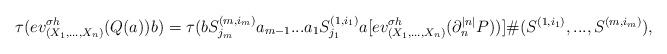
LaTeX: \begin{align*}\tau(ev_{(X_1,...,X_n)}^{\sigma h}(Q(a))b)=\tau(bS^{(m,i_m)}_{j_m}a_{m-1}...a_1S^{(1,i_1)}_{j_1}a[ev_{(X_1,...,X_n)}^{\sigma h}(\partial_n^{|n|}P))]\#(S^{(1,i_1)},...,S^{(m,i_m)}),\end{align*}